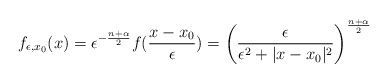
\begin{align*}f_{\epsilon, x_0}(x)=\epsilon^{-\frac {n+\alpha}2}f(\frac {x-x_0}\epsilon)=\left(\frac\epsilon{\epsilon^2+|x-x_0|^2}\right)^{\frac{n+\alpha}2}\end{align*}